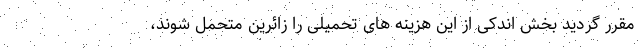
مقرر گردید بخش اندکی از این هزینه های تحمیلی را زائرین متحمل شوند،